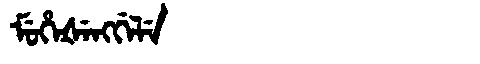
Manchu: ᠮᡠᡥᡝᡧᡝᠩᡤᡝᠯᡝ
Romanization: MUHEŠENGGELE